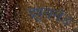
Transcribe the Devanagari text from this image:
ड्यूसलैंड